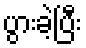
ပွားခဲ့ပြီး